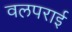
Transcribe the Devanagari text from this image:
वलपराई